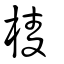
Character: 棱